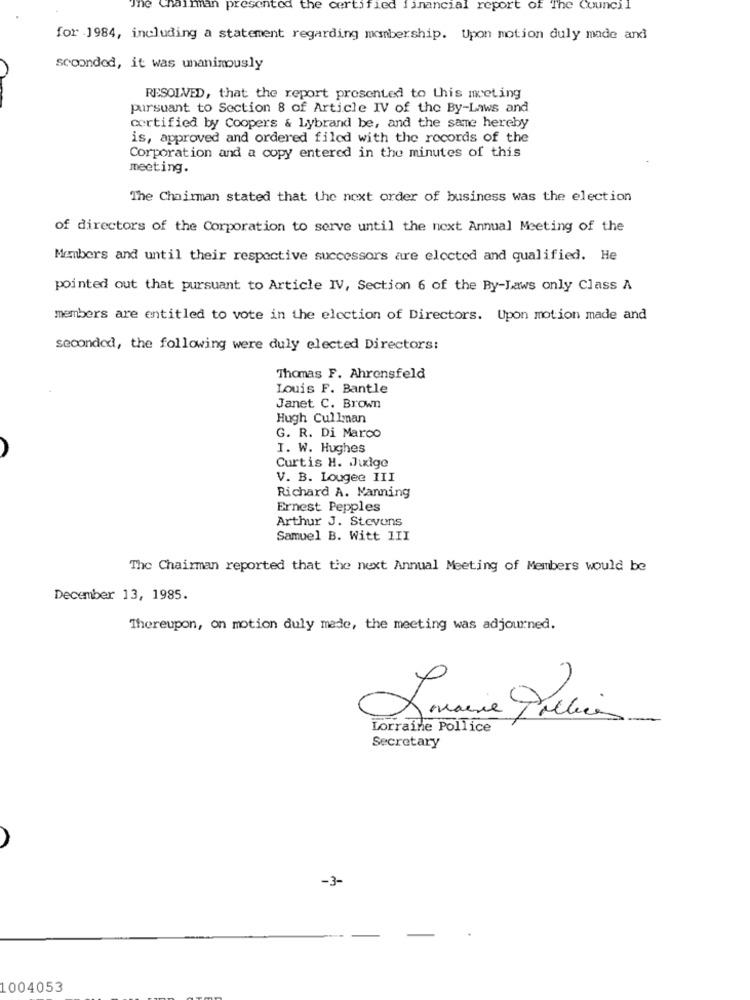
chairman presented the certified financial report of The Council
for 1984, including a statement regarding membership. Upon motion duly made and
scoondod, it was unanimously
RESOLVED, that the report presented to this meeting
pursuant to Section 8 of Article IV of the By-Laws and
certified by Coopers & Lybrand be, and the same hereby
is, approved and ordered filed with the records of the
Corporation and a copy entered in the minutes of this
meeting.
The Chairman stated that the next order of business was the election
of directors of the Corporation to serve until the next Annual Meeting of the
Members and until their respective successors are elected and qualified. He
pointed out that pursuant to Article IV, Section 6 of the By-Laws only Class A
members are entitled to vote in the election of Directors. Upon motion made and
secondod, the following were duly elected Directors:
Thomas F. Ahrensfeld
Louis F. Bantle
Janet C. Brown
Hugh Cullman
G. R. Di Marco
I. W. Hughes
Curtis H. Judge
V. B. Lougee III
Richard A. Manning
Ernest Pepples
Arthur J. Stevens
Samuel B. Witt 1II
The Chairman reported that the next Annual Meeting of Members would be
December 13, 1985.
Thereupon, on motion duly mede, the meeting was adjourned.
maisie Policies
Lorraine Pollice
Secretary
-3-
1004053